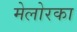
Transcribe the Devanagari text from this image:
मेलोरका